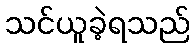
သင်ယူခဲ့ရသည်